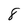
Character: 8